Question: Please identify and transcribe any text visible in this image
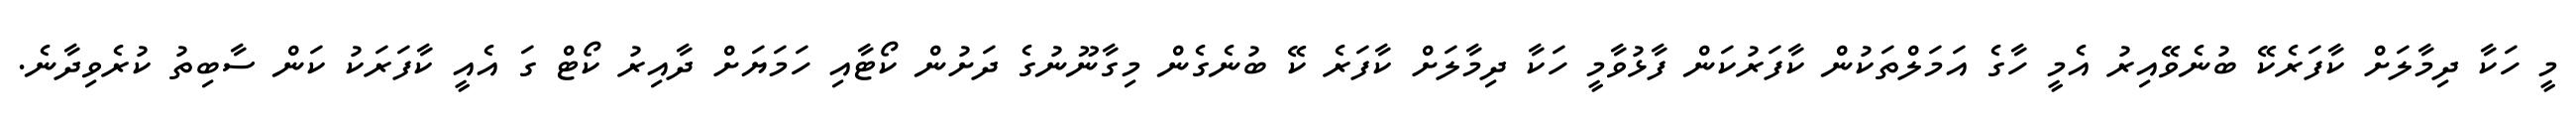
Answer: މީ ހަކާ ދިމާލަށް ކާފަރެކޭ ބުނެވޭއިރު އެމީ ހާގެ އަމަލްތަކުން ކާފަރުކަން ފާޅުވާމީ ހަކާ ދިމާލަށް ކާފަރެ ކޭ ބުނެގެން މިގާނޫނުގެ ދަށުން ކޯޓާއި ހަމަޔަށް ދާއިރު ކޯޓް ގަ އެއީ ކާފަރަކު ކަން ސާބިތު ކުރެވިދާނެ.